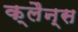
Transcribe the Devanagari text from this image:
क्लैन्स